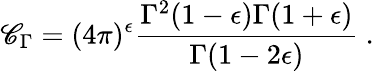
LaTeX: \mathscr{C}_{\Gamma}={(4\pi)^{\epsilon}}\frac{{\Gamma^{2}(1-\epsilon)\Gamma(1+\epsilon)}}{{\Gamma(1-2\epsilon)}}\ .